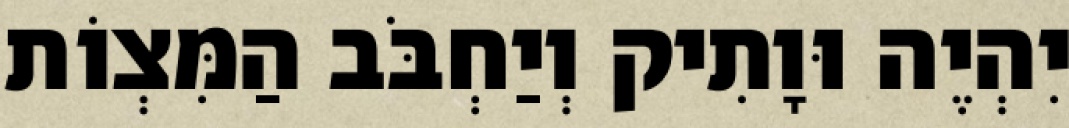
יִהְיֶה וּוָתִיק וְיַחְבֹּב הַמִּצְוֹת